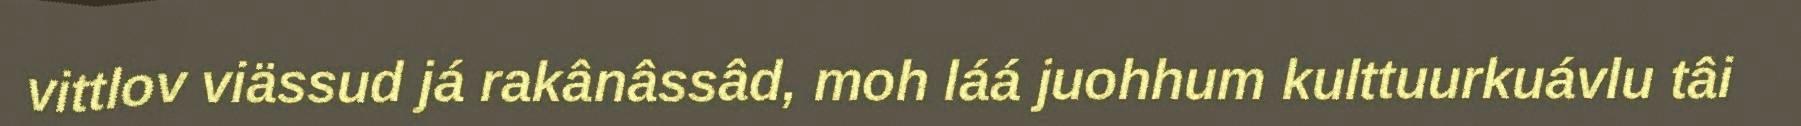
vittlov viässud já rakânâssâd, moh láá juohhum kulttuurkuávlu tâi